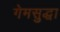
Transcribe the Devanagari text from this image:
गेमसुद्धा